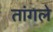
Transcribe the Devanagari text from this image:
तांगले